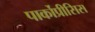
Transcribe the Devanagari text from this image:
पार्कोप्रीसिस